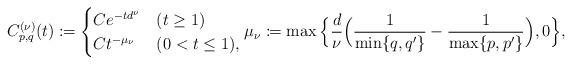
LaTeX: \begin{align*}C_{p,q}^{(\nu)}(t) \coloneqq \begin{cases}C e^{-td^\nu} & (t\ge 1) \\ C t^{-\mu_\nu} & (0<t\le 1), \end{cases} \mu_\nu \coloneqq \max \Big\{ \frac{d}{\nu} \Big(\frac{1}{\min\{q,q'\}}-\frac{1}{\max\{p,p'\}} \Big) , 0\Big\},\end{align*}